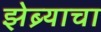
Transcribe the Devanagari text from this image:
झेब्र्याचा